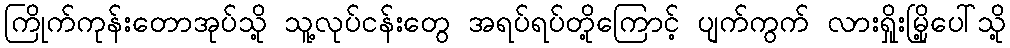
ကြိုက်ကုန်းတောအုပ်သို့ သူ့လုပ်ငန်းတွေ အရပ်ရပ်တို့ကြောင့် ပျက်ကွက် လားရှိုးမြို့ပေါ်သို့